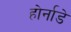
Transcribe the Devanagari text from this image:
होर्नाडे